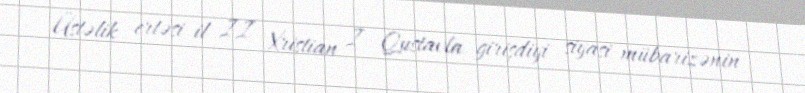
Üstəlik ertəsi il II Xristian I Qustavla girişdiyi siyasi mübarizənin